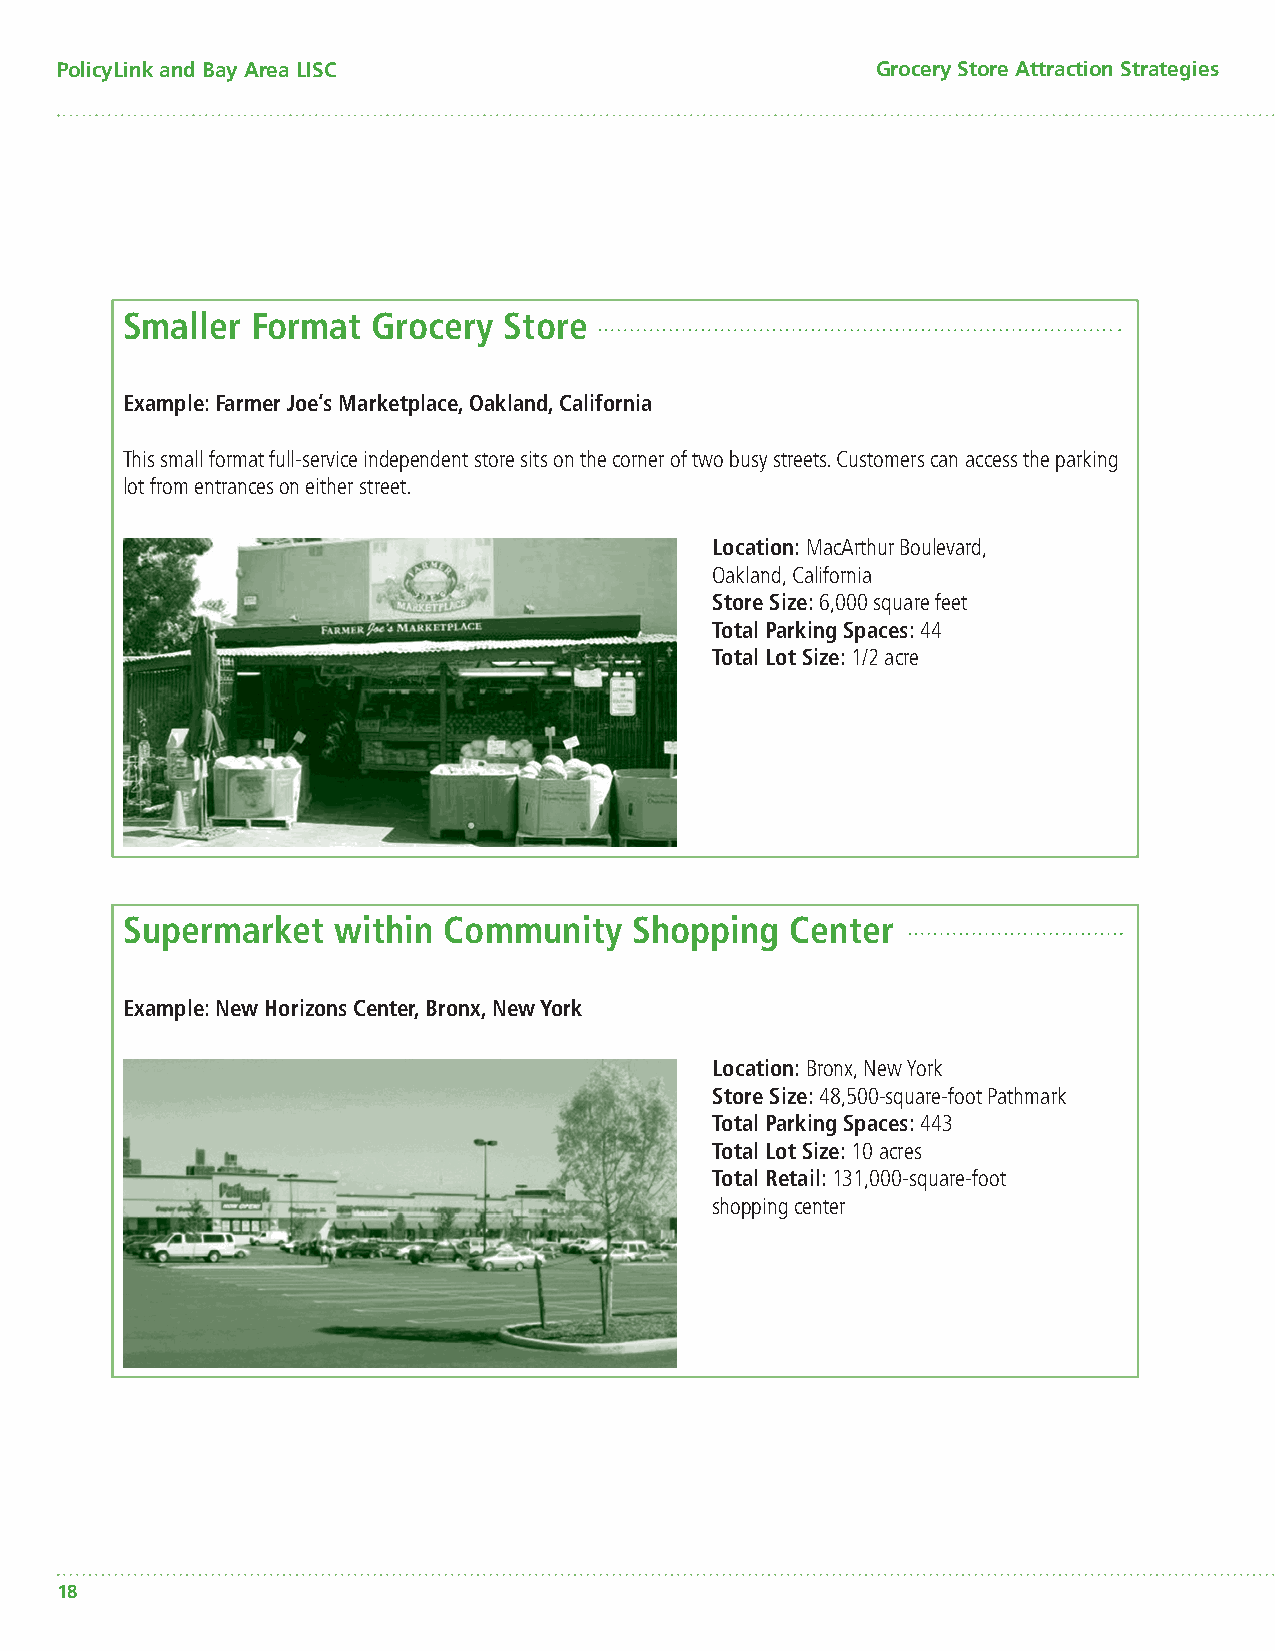
PolicyLink and Bay Area LISC                          Grocery Store Attraction Strategies
 Smaller  Format  Grocery Store
 Example: Farmer Joe’s Marketplace, Oakland, California
 This small format full-service independent store sits on the corner of two busy streets. Customers can access the parking
 lot from entrances on either street.
 Location: MacArthur Boulevard,
 Oakland, California
 Store Size: 6,000 square feet
 Total Parking Spaces: 44
 Total Lot Size: 1/2 acre
 Supermarket   within Community    Shopping  Center
 Example: New Horizons Center, Bronx, New York
 Location: Bronx, New York
 Store Size: 48,500-square-foot Pathmark
 Total Parking Spaces: 443
 Total Lot Size: 10 acres
 Total Retail: 131,000-square-foot
 shopping center
 18